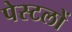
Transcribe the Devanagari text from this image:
पेस्टलों